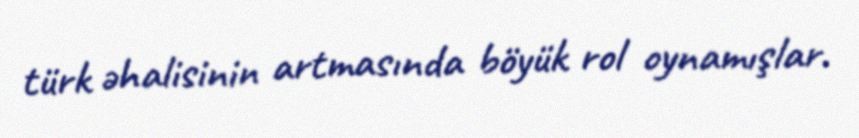
türk əhalisinin artmasında böyük rol oynamışlar.